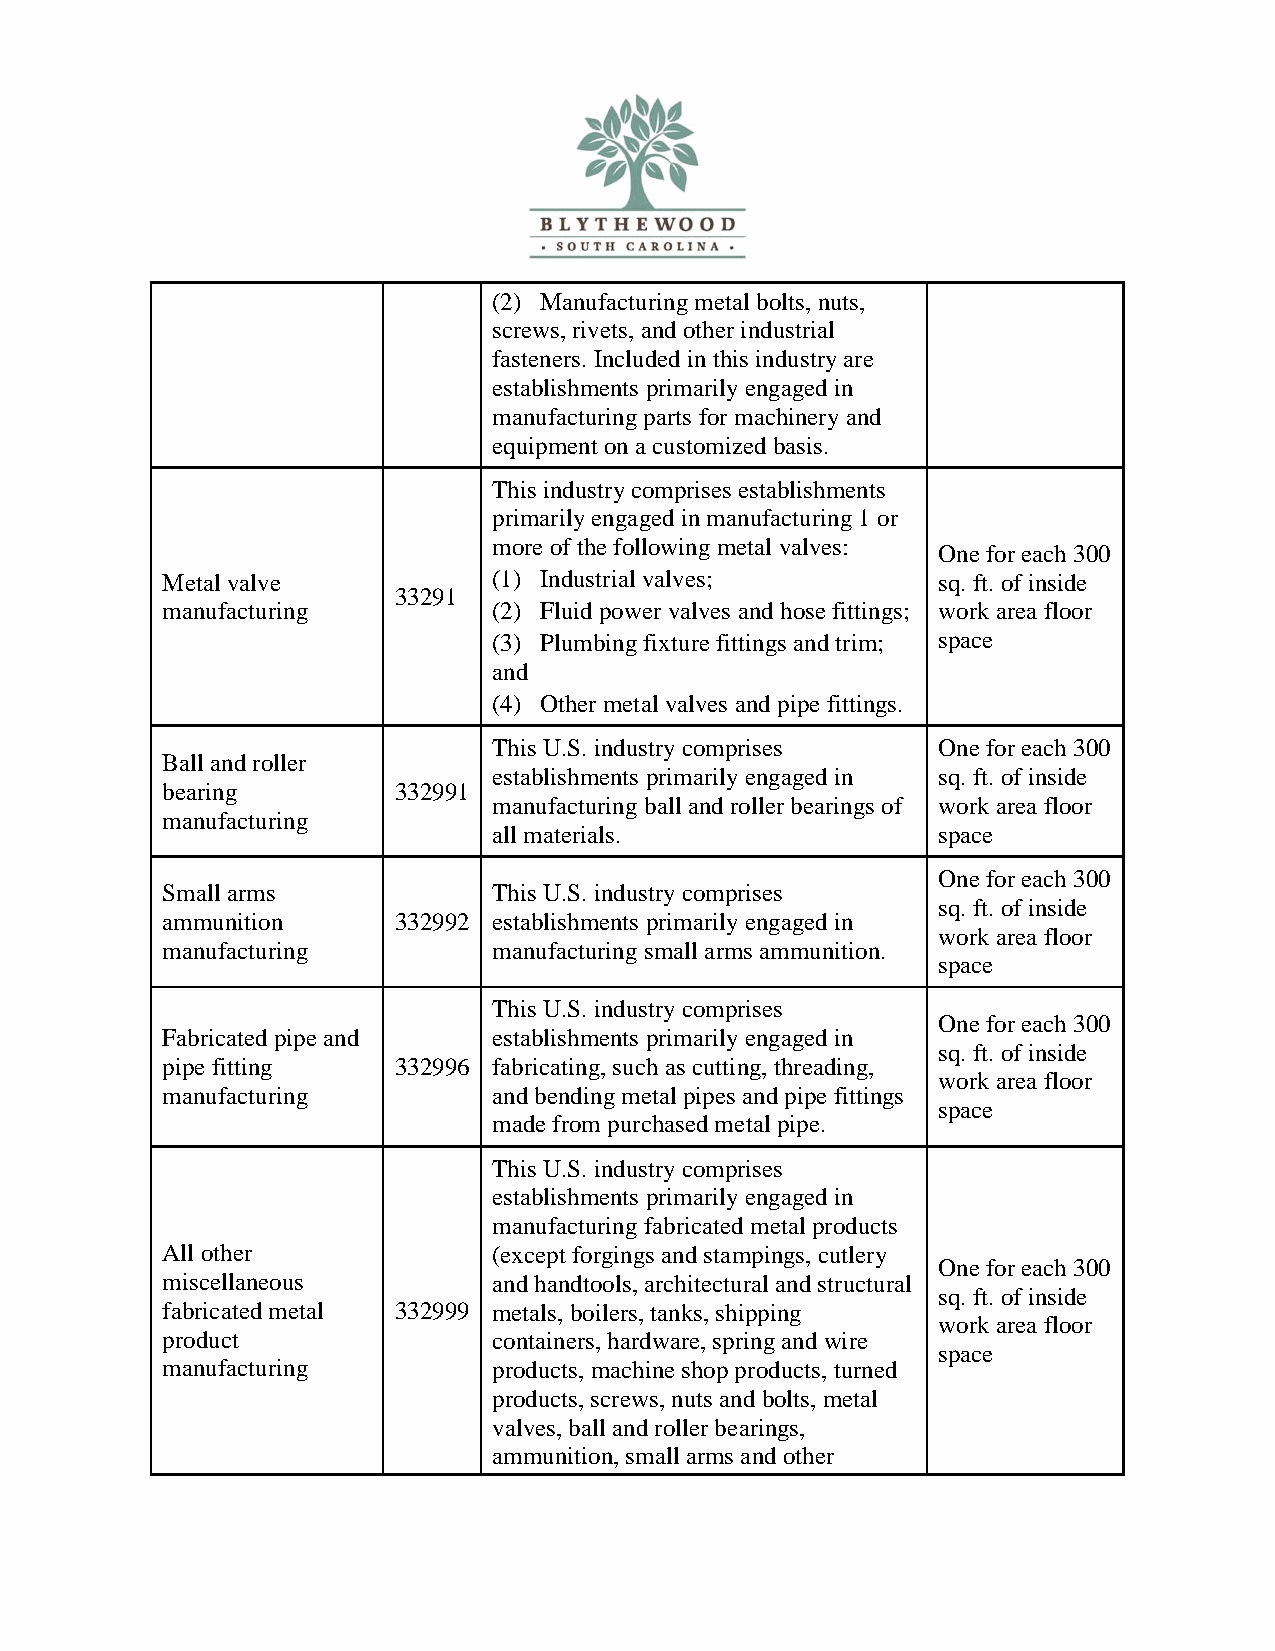
(2) Manufacturing metal bolts, nuts,
 screws, rivets, and other industrial
 fasteners. Included in this industry are
 establishments primarily engaged in
 manufacturing parts for machinery and
 equipment on a customized basis.
 This industry comprises establishments
 primarily engaged in manufacturing 1 or
 more of the following metal valves:
 One for each 300
 Metal valve           (1) Industrial valves;       sq. ft. of inside
 33291
 manufacturing         (2) Fluid power valves and hose fittings; work area floor
 (3) Plumbing fixture fittings and trim; space
 and
 (4) Other metal valves and pipe fittings.
 This U.S. industry comprises One for each 300
 Ball and roller
 establishments primarily engaged in sq. ft. of inside
 bearing        332991
 manufacturing ball and roller bearings of work area floor
 manufacturing
 all materials.               space
 One for each 300
 Small arms            This U.S. industry comprises
 sq. ft. of inside
 ammunition     332992 establishments primarily engaged in
 work area floor
 manufacturing         manufacturing small arms ammunition.
 space
 This U.S. industry comprises
 One for each 300
 Fabricated pipe and   establishments primarily engaged in
 sq. ft. of inside
 pipe fitting   332996 fabricating, such as cutting, threading,
 work area floor
 manufacturing         and bending metal pipes and pipe fittings
 space
 made from purchased metal pipe.
 This U.S. industry comprises
 establishments primarily engaged in
 manufacturing fabricated metal products
 All other             (except forgings and stampings, cutlery
 One for each 300
 miscellaneous         and handtools, architectural and structural
 sq. ft. of inside
 fabricated metal 332999 metals, boilers, tanks, shipping
 work area floor
 product               containers, hardware, spring and wire
 space
 manufacturing         products, machine shop products, turned
 products, screws, nuts and bolts, metal
 valves, ball and roller bearings,
 ammunition, small arms and other